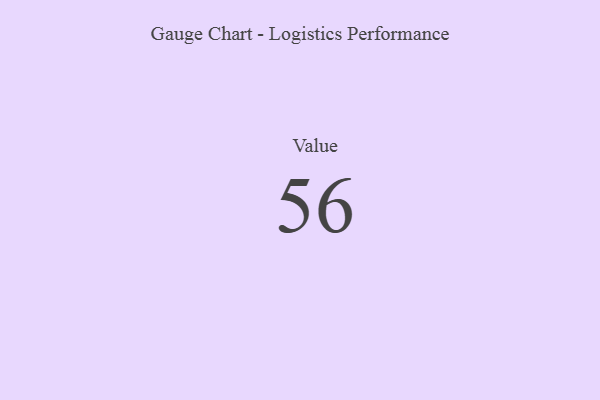
{"axis": {"x": "Metric", "y": "Value"}, "legend": [""], "data": [{"x": "Value", "y": 56, "type": ""}]}